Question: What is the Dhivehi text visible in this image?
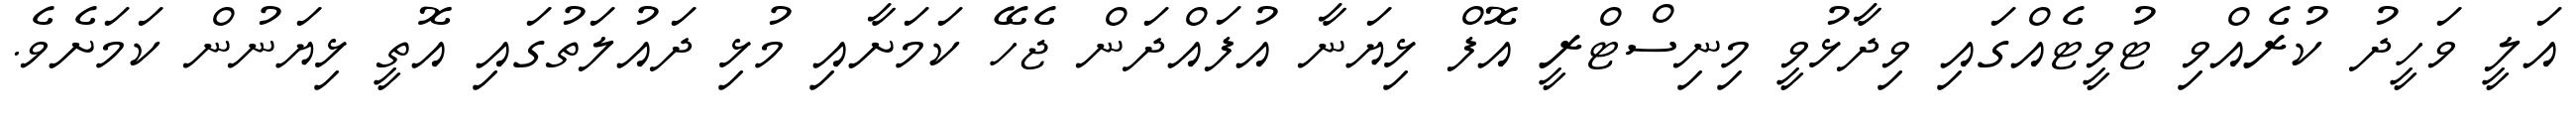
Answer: އަލީ ވަހީދު ކުރެއްވި ޓުވީޓެއްގައި ވިދާޅުވީ މިނިސްޓްރީ އޮފް ޅިޔަނާ އުފައްދަން ޖެހޭ ކަމަށާއި މުޅި ދައުލަތުގައި އޮތީ ޅިޔަނުން ކަމަށެވެ.